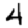
Digit: 4